Lunatic asylums in Bengal annual reports 1888-1898 - 1888-1898
Year: 1888
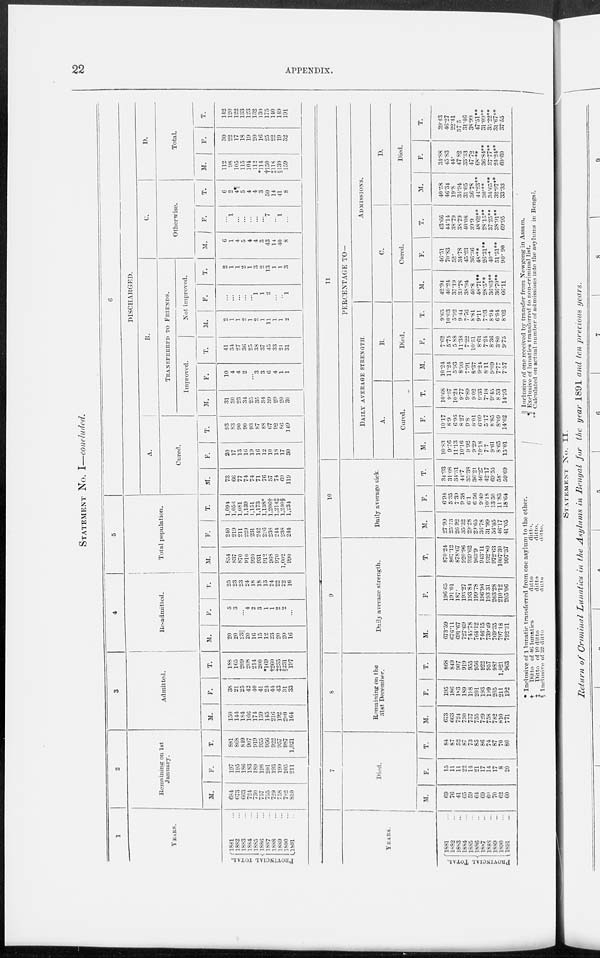
22
APPENDIX.
STATEMENT No. I—concluded.
1
YEARS.
PROVINCIAL TOTAL.
1881 ...
1882 ...
1883 ...
1884 ...
1885 ...
1886 ...
1887 ...
1888 ...
1889 ...
1890 ...
1891 ...
2
Remaining on 1st
January.
M.
684
673
663
724
730
757
755
729
758
782
810
F.
197
195
186
183
189
198
201
193
199
205
211
T.
881
868
849
907
919
955
956
922
937
987
1,021
3
Admitted.
M.
150
144
184
166
174
159
145
216
192
200
164
F.
38
21
25
42
40
41
24
44
43
31
33
T.
188
165
209
208
214
200
*169
†260
‡235
§231
197
4
Re-admitted.
M.
20
20
23||
20
16
15
12
23
20
20
16
F.
5
3
...
4
2
3
1
1
2
2
...
T.
25
23
23
24
18
18
13
24
22
22
16
5
Total population.
M.
854
837
870
910
920
931
912
968
970
1,002
990
F.
240
219
211
229
231
242
226
238
244
238
244
T.
1,094
1,056
1,081
1,139
1,151
1,173
1,138*
l,206†
1,214‡
1,240§
1,234
6
DISCHARGED.
A.
Cured.
M.
73
66
77
74
74
71
76
57
74
69
119
F.
20
17
13
16
19
16
12
10
18
17
30
T.
93
83
90
90
93
87
88
67
92
86
149
B.
TRANSFERRED TO FRIENDS.
Improved.
M.
31
30
23
34
25
35
34
39
29
20
30
F.
10
4
4
2
...
3
3
6
4
1
1
T.
41
34
27
36
25
38
37
45
33
21
31
Not improved.
M.
2
1
1
2
1
2
1
11
1
1
2
F.
...
...
...
...
...
1
1
2
...
...
1
T.
2
1
1
2
1
3
2
13
1
1
3
C.
Otherwise.
M.
6
1
4
5
4
4
3
43
14
40
8
F.
...
1
...
...
...
...
...
7
...
1
...
T.
6
2
4¶
5
4
4
3
50
14
41
8
D.
Total.
M.
112
98
105
115
104
112
*114
†150
‡118
¶139
159
F.
30
22
17
18
19
20
16
25
22
19
32
T .
142
120
122
133
123
132
130
175
140
149
191
YEARS.
PROVINCIAL TOTAL.
1881 ...
1882...
1883 ...
1884 ...
1885 ...
1886 ...
1887 ...
1888 ...
1889 ...
1890 ...
1891 ...
7
Died
M.
69
76
41
65
59
64
69
60
70
62
60
F.
15
11
11
22
14
21
17
14
17
8
20
T.
84
87
52
87
73
85
86
74
87
70
80
8
Remaining on the
31st December.
M.
673
663
724
730
757
755
729
758
782
810
771
F.
195
186
183
189
198
201
193
199
205
211
192
T.
868
849
907
919
955
956
922
957
987
1,021
963
9
Daily average strength.
M.
673.59
676.11
691.67
727.69
745.78
764.l2
746.15
739.49
769.35
797.18
792.31
F.
196.65
191.01
187.
193.27
193.84
199.78
196.96
103.31
203.28
210.12
205.06
T .
870.24
867.12
878.67
920.90
939.62
963.9
943.11
932.80
972.63
1007.30
997.37
10
Daily average sick.
M.
27.99
25.73
26.92
35.32
20.28
20.0.5
30.78
31 .00
50.05
40.17
41.05
F.
6.94
5.35
7.39
9.38
6.1
6.56
9.49
10.18
13.50
11.83
18.64
T.
34.93
31.08
34.31
44.7
35.38
36.21
40.27
42.17
69.55
58.
59.69
11
PERCENTAGE TO—
DAILY AVERAGE STRENGTH
A.
Cured.
M.
10.83
9.76
11.13
10.16
9.92
9.29
10.18
7.7
9.61
8.65
15.01
F.
10.17
8.9
6.95
8.27
9.8 8.01
6.09
5.17
8.85
8.09
14.62
T.
10.68
9.57
10.24
9.77
9.89
9.02
9.33
7.18
9.45
8.53
14.93
B.
Died.
M.
10.24
11.24
5.93
8.93
7.91
8.37
9.24
8.11
9.09
7.77
7.57
F.
7.62
5.75
5.88
11.38
7 22
10.51
8.63
7.24
8.36
3.80
9.75
T.
9.65
10.03
5.92
9.44
7.76
8.81
9.11
7.93
8.04.
6.94
8.02
ADMISSIONS.
C.
Cured.
M.
42.04
40.24
37.19
30.78
38.94
40.8
48.71**
28.5**
36.63**
30.70**
66.11
F .
40.51
70.83
52.
34.78
45.23
36.36
48.**
26.31**
40.
51.51**
90.90
T.
43.66
44.14
38.79
38.79
40.08
39.9
48.62**
28.15**
37.25**
38.91**
69.95
D.
Died.
M.
40.58
46.34
19.8
34.94
31.05
36.78
44.23**
30.**
34.65**
32.97**
33.33
F.
34.88
45.83
44.
47.82
33.33
47.72
68.**
30.84**
37.77**
24.24**
60.60
T.
39.43
46.27
22.41
37.5
31.46
38.99
47.51**
31.09**
35.22**
31.67**
37.55
* Inclusive of lunatic transferred from one asylum to the other.
†
Ditto of 46 lunatics
ditto
ditto.
‡
Ditto of 10 ditto
ditto
ditto.
§ Inclusive of 32 ditto
ditto
ditto.
|| Inclusive of one received by transfer from Nowgong in Assam.
¶ Exclusive of lunatics transferred to non-criminal list.
** Calculated
on artical number of admissions into the asylums in Bengal.